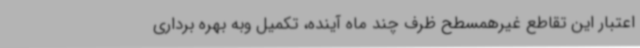
اعتبار این تقاطع غیرهمسطح ظرف چند ماه آینده، تکمیل وبه بهره برداری